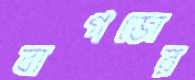
বাগডোর